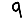
Digit: 9